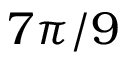
7 \pi / 9